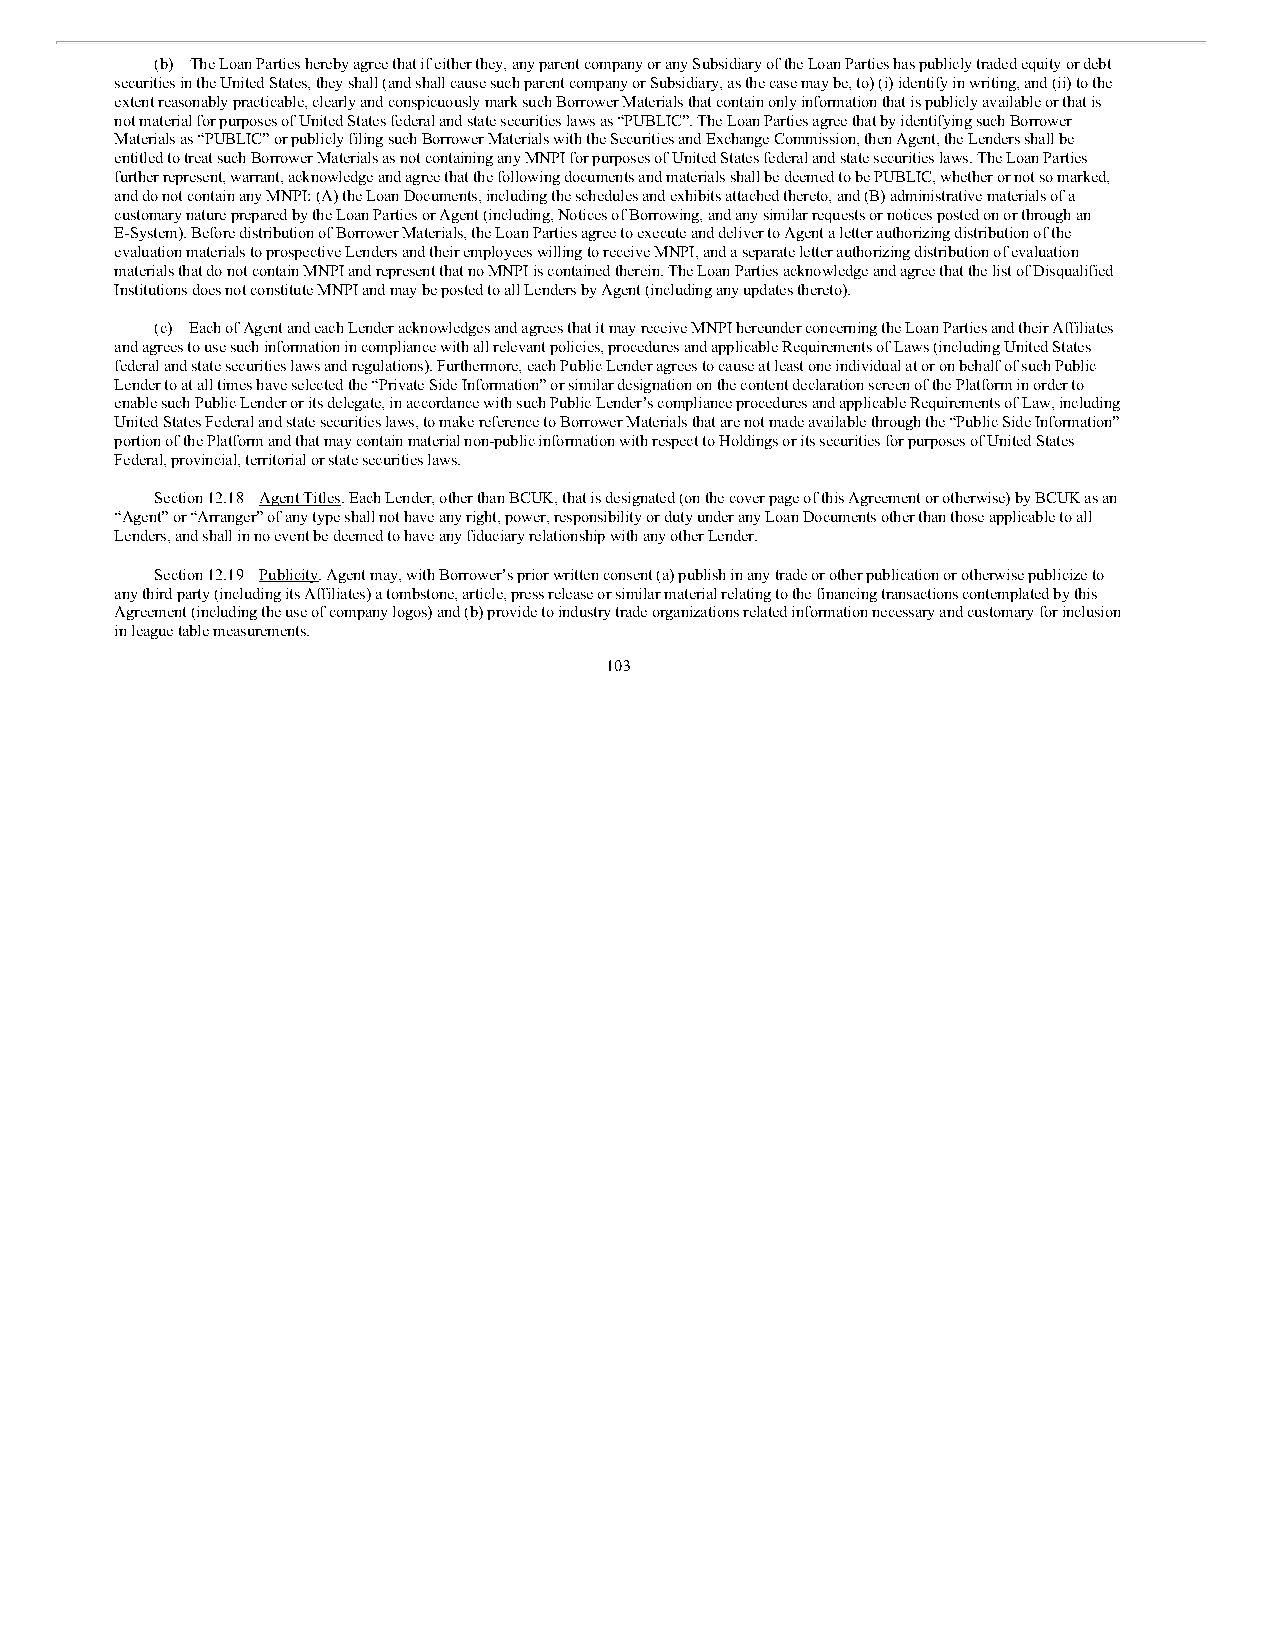
(b) The Loan Parties hereby agree that if either they, any parent company or any Subsidiary of the Loan Parties has publicly traded equity or debt
 securities in the United States, they shall (and shall cause such parent company or Subsidiary, as the case may be, to) (i) identify in writing, and (ii) to the
 extent reasonably practicable, clearly and conspicuously mark such Borrower Materials that contain only information that is publicly available or that is
 not material for purposes of United States federal and state securities laws as “PUBLIC”. The Loan Parties agree that by identifying such Borrower
 Materials as “PUBLIC” or publicly filing such Borrower Materials with the Securities and Exchange Commission, then Agent, the Lenders shall be
 entitled to treat such Borrower Materials as not containing any MNPI for purposes of United States federal and state securities laws. The Loan Parties
 further represent, warrant, acknowledge and agree that the following documents and materials shall be deemed to be PUBLIC, whether or not so marked,
 and do not contain any MNPI: (A) the Loan Documents, including the schedules and exhibits attached thereto, and (B) administrative materials of a
 customary nature prepared by the Loan Parties or Agent (including, Notices of Borrowing, and any similar requests or notices posted on or through an
 E-System). Before distribution of Borrower Materials, the Loan Parties agree to execute and deliver to Agent a letter authorizing distribution of the
 evaluation materials to prospective Lenders and their employees willing to receive MNPI, and a separate letter authorizing distribution of evaluation
 materials that do not contain MNPI and represent that no MNPI is contained therein. The Loan Parties acknowledge and agree that the list of Disqualified
 Institutions does not constitute MNPI and may be posted to all Lenders by Agent (including any updates thereto).
 (c) Each of Agent and each Lender acknowledges and agrees that it may receive MNPI hereunder concerning the Loan Parties and their Affiliates
 and agrees to use such information in compliance with all relevant policies, procedures and applicable Requirements of Laws (including United States
 federal and state securities laws and regulations). Furthermore, each Public Lender agrees to cause at least one individual at or on behalf of such Public
 Lender to at all times have selected the “Private Side Information” or similar designation on the content declaration screen of the Platform in order to
 enable such Public Lender or its delegate, in accordance with such Public Lender’s compliance procedures and applicable Requirements of Law, including
 United States Federal and state securities laws, to make reference to Borrower Materials that are not made available through the “Public Side Information”
 portion of the Platform and that may contain material non-public information with respect to Holdings or its securities for purposes of United States
 Federal, provincial, territorial or state securities laws.
 Section 12.18 Agent Titles. Each Lender, other than BCUK, that is designated (on the cover page of this Agreement or otherwise) by BCUK as an
 “Agent” or “Arranger” of any type shall not have any right, power, responsibility or duty under any Loan Documents other than those applicable to all
 Lenders, and shall in no event be deemed to have any fiduciary relationship with any other Lender.
 Section 12.19 Publicity. Agent may, with Borrower’s prior written consent (a) publish in any trade or other publication or otherwise publicize to
 any third party (including its Affiliates) a tombstone, article, press release or similar material relating to the financing transactions contemplated by this
 Agreement (including the use of company logos) and (b) provide to industry trade organizations related information necessary and customary for inclusion
 in league table measurements.
 103